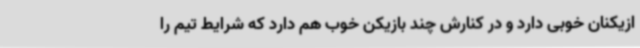
ازیکنان خوبی دارد و در کنارش چند بازیکن خوب هم دارد که شرایط تیم را